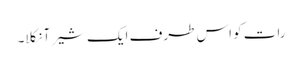
رات کو اس طرف ایک شیر آ نکلا۔